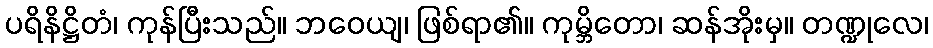
ပရိနိဋ္ဌိတံ၊ ကုန်ပြီးသည်။ ဘဝေယျ၊ ဖြစ်ရာ၏။ ကုမ္ဘိတော၊ ဆန်အိုးမှ။ တဏ္ဍုလေ၊